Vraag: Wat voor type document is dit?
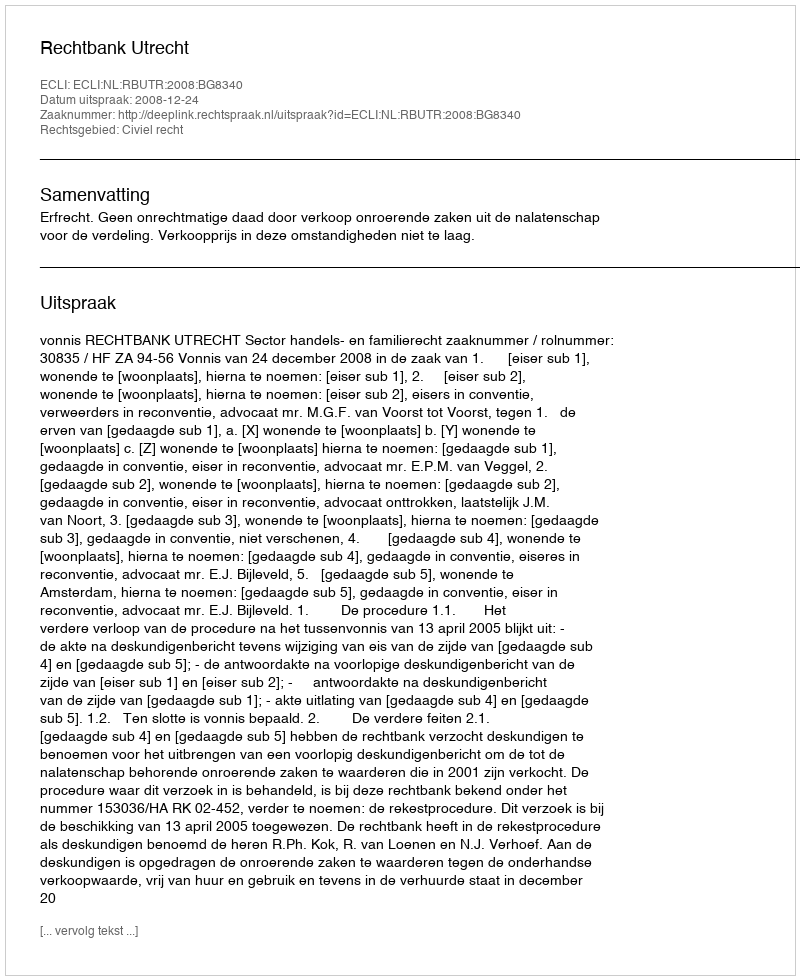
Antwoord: Uitspraak